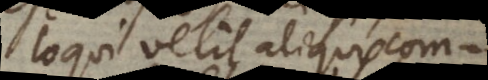
loqui velit aliquis com